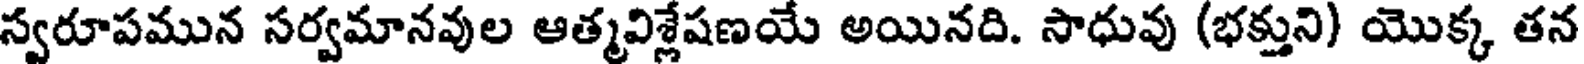
స్వరూపమున సర్వమానవుల ఆత్మవిశ్లేషణయే అయినది. సాధువు (భక్తుని) యొక్క తన